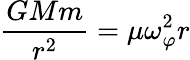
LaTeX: {\frac{GMm}{r^{2}}}=\mu\omega_{\varphi}^{2}r